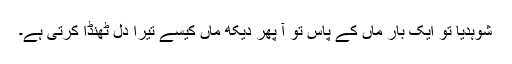
شوہدیا تو ایک بار ماں کے پاس تو آ پھر دیکھ ماں کیسے تیرا دل ٹھنڈا کرتی ہے۔